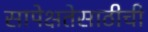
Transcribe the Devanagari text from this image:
सापेक्षतेसाठीची